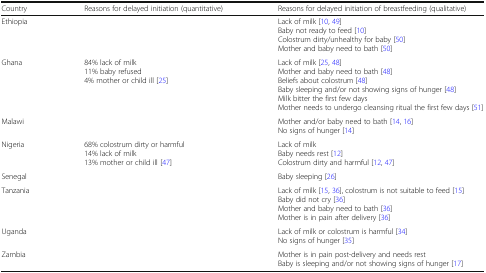
| Country | Reasons for delayed initiation (quantitative) | Reasons for delayed initiation of breastfeeding (qualitative) |
 | --- | --- | --- |
 | Ethiopia |  | Lack of milk [10, 49]Baby not ready to feed [10]Colostrum dirty/unhealthy for baby [50]Mother and baby need to bath [50] |
 | Ghana | 84% lack of milk11% baby refused4% mother or child ill [25] | Lack of milk [25, 48]Mother and baby need to bath [48]Beliefs about colostrum [48]Baby sleeping and/or not showing signs of hunger [48]Milk bitter the first few daysMother needs to undergo cleansing ritual the first few days [51] |
 | Malawi |  | Mother and/or baby need to bath [14, 16]No signs of hunger [14] |
 | Nigeria | 68% colostrum dirty or harmful14% lack of milk13% mother or child ill [47] | Lack of milkBaby needs rest [12]Colostrum dirty and harmful [12, 47] |
 | Senegal |  | Baby sleeping [26] |
 | Tanzania |  | Lack of milk [15, 36], colostrum is not suitable to feed [15]Baby did not cry [36]Mother and baby need to bath [36]Mother is in pain after delivery [36] |
 | Uganda |  | Lack of milk or colostrum is harmful [34]No signs of hunger [35] |
 | Zambia |  | Mother is in pain post-delivery and needs restBaby is sleeping and/or not showing signs of hunger [17] |